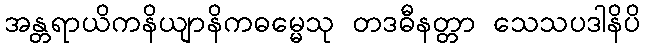
အန္တရာယိကနိယျာနိကဓမ္မေသု တဒဓီနတ္တာ သေသပဒါနိပိ